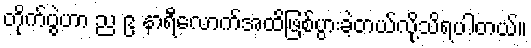
တိုက်ပွဲဟာ ည ၉ နာရီလောက်အထိဖြစ်ပွားခဲ့တယ်လို့သိရပါတယ်။